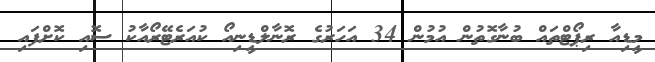
މީޑިއާ ރިޕޯޓްތައް ބުނާގޮތުން އުމުން 34 އަހަރުގެ ރޮނާލްޑީނިއޯ ކުއަރެޓޭރޯއާކު ސޮއި ކޮށްފައި